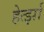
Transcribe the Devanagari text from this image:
हेर्त्झा